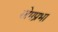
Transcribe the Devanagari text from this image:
सोमप्रभा